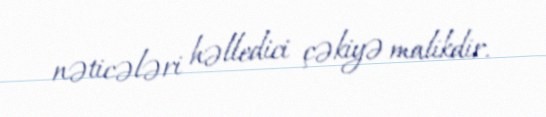
nəticələri həlledici çəkiyə malikdir.